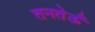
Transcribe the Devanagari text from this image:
तनतेऊँ